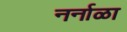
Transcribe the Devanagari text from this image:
नर्नाळा